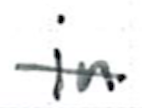
Text: in
Cross-out: single-line
Writing tool: ballpoint